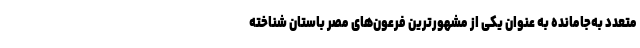
متعدد به‌جامانده به عنوان یکی از مشهورترین فرعون‌های مصر باستان شناخته